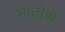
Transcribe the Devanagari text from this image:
मातोस